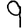
Digit: 9